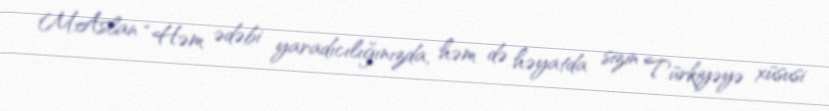
M.Aslan “Həm ədəbi yaradıcılığınızda, həm də həyatda sizin Türkiyəyə xüsusi